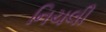
નિચલી